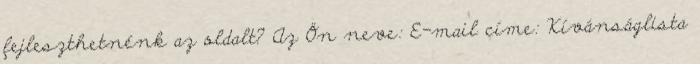
fejleszthetnénk az oldalt? Az Ön neve: E-mail címe: Kívánságlista